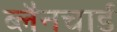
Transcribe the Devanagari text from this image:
ब्लैनचार्ड